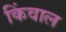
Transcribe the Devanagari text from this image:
किंवाल